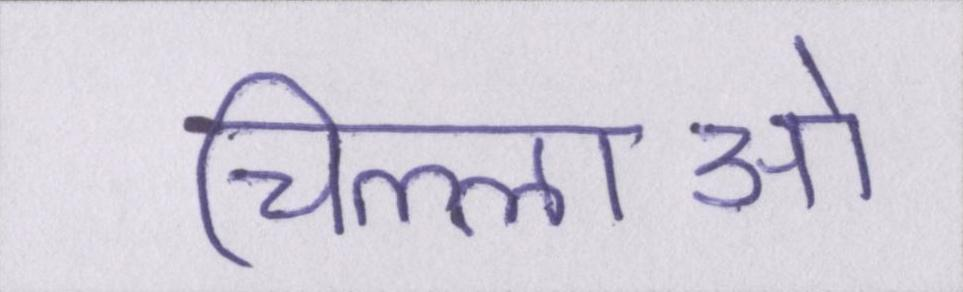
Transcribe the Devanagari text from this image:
चिल्लाओ